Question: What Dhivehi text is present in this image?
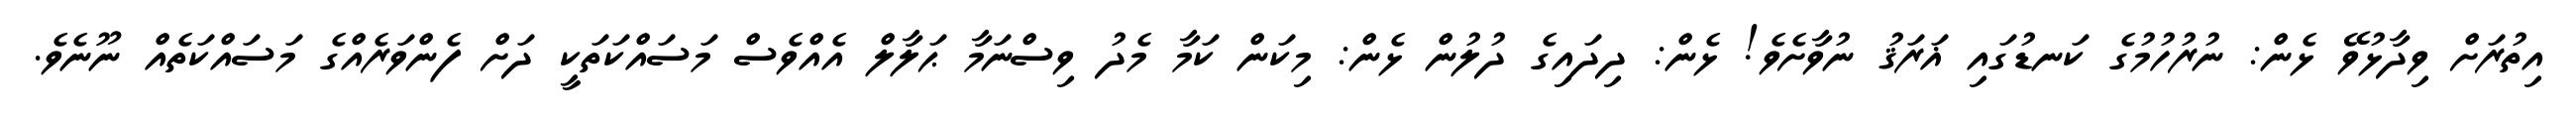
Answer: އިތުރަށް ވިދާޅުވޭ ޅެން: ނުރުހުމުގެ ކަނޑުގައި ޣަރަޤު ނުވާށެވެ! ޅެން: ދިދައިގެ ދުލުން ޅެން: މިކަން ކަމާ މެދު ވިސްނަމާ ޙަލާލް އެއްވެސް މަސައްކަތަކީ ދަށް ފެންވަރެއްގެ މަސައްކަތެއް ނޫނެވެ.